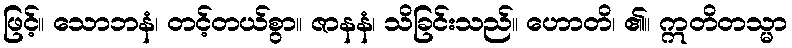
ဖြင့်။ သောဘနံ၊ တင့်တယ်စွာ။ ဇာနနံ၊ သိခြင်းသည်။ ဟောတိ၊ ၏။ ဣတိတသ္မာ